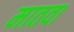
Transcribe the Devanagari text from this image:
मातवा